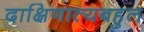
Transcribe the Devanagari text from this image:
दाक्षिणात्यबहुल